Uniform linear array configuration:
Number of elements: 8
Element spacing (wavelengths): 0.5
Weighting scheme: exponential
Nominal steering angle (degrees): -60
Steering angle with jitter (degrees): -61.333
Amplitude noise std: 0.05
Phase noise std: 0.05

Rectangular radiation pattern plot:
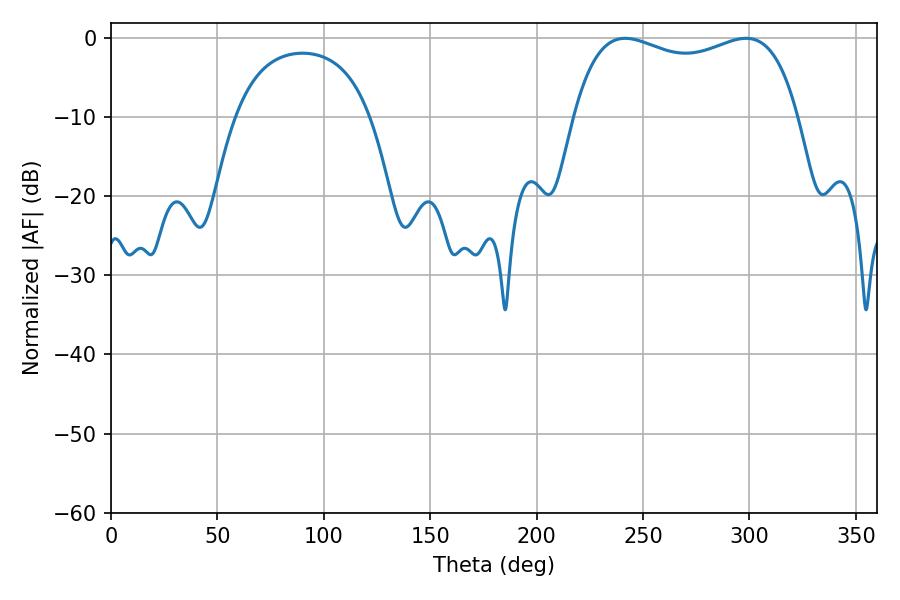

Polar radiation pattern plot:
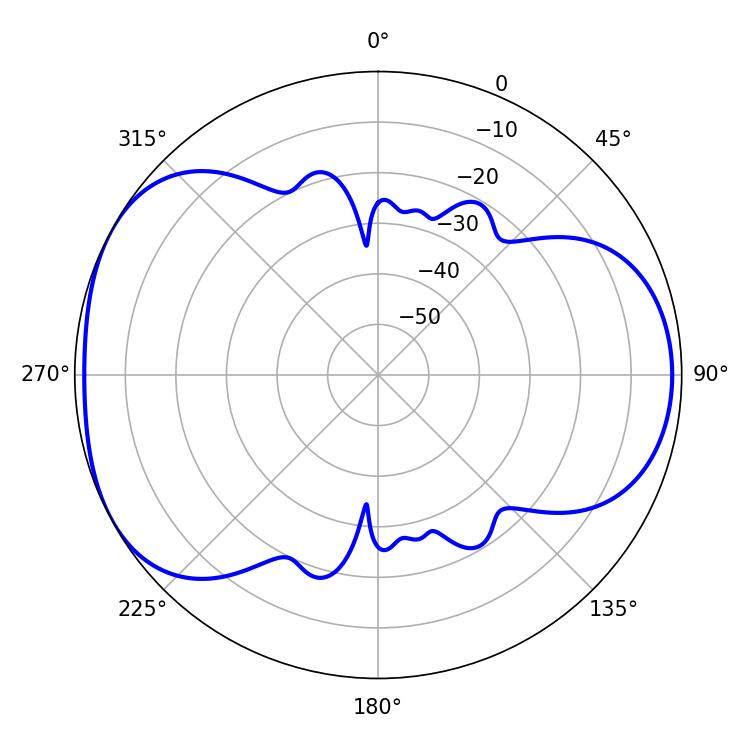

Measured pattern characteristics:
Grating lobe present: FALSE
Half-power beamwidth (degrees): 86.4
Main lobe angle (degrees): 241.56